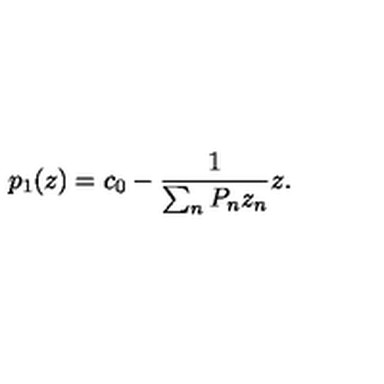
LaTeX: p _ { 1 } ( z ) = c _ { 0 } - \frac { 1 } { \sum _ { n } P _ { n } z _ { n } } z .